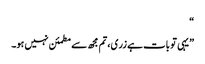
“
”یہی تو بات ہے زری، تم مجھ سے مطمئن نہیں ہو۔